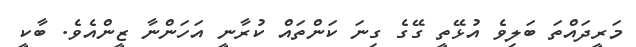
މަރީދައްތަ ބަލިވެ އުޅޭތީ ގޭގެ ގިނަ ކަންތައް ކުރާނީ އަހަންނާ ޒީންއެވެ. ބާކީ